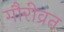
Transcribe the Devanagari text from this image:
गौरीव्रत